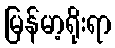
မြန်မာ့ရိုးရာ